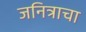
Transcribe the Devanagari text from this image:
जनित्राचा